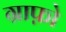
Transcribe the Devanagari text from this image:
ग्राफ़ो